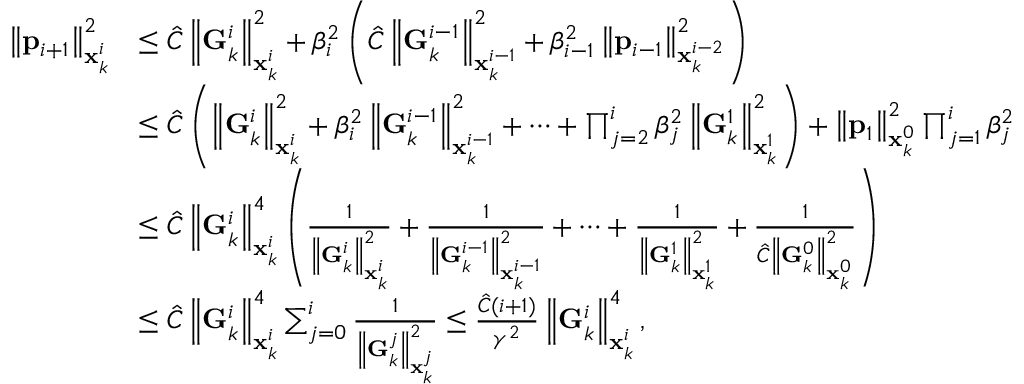
\begin{array} { r l } { \left\| \mathbf { p } _ { i + 1 } \right\| _ { \mathbf { x } _ { k } ^ { i } } ^ { 2 } } & { \le \hat { C } \left\| \mathbf { G } _ { k } ^ { i } \right\| _ { \mathbf { x } _ { k } ^ { i } } ^ { 2 } + \beta _ { i } ^ { 2 } \left( \hat { C } \left\| \mathbf { G } _ { k } ^ { i - 1 } \right\| _ { \mathbf { x } _ { k } ^ { i - 1 } } ^ { 2 } + \beta _ { i - 1 } ^ { 2 } \left\| \mathbf { p } _ { i - 1 } \right\| _ { \mathbf { x } _ { k } ^ { i - 2 } } ^ { 2 } \right) } \\ & { \le \hat { C } \left( \left\| \mathbf { G } _ { k } ^ { i } \right\| _ { \mathbf { x } _ { k } ^ { i } } ^ { 2 } + \beta _ { i } ^ { 2 } \left\| \mathbf { G } _ { k } ^ { i - 1 } \right\| _ { \mathbf { x } _ { k } ^ { i - 1 } } ^ { 2 } + \cdots + \prod _ { j = 2 } ^ { i } \beta _ { j } ^ { 2 } \left\| \mathbf { G } _ { k } ^ { 1 } \right\| _ { \mathbf { x } _ { k } ^ { 1 } } ^ { 2 } \right) + \left\| \mathbf { p } _ { 1 } \right\| _ { \mathbf { x } _ { k } ^ { 0 } } ^ { 2 } \prod _ { j = 1 } ^ { i } \beta _ { j } ^ { 2 } } \\ & { \le \hat { C } \left\| \mathbf { G } _ { k } ^ { i } \right\| _ { \mathbf { x } _ { k } ^ { i } } ^ { 4 } \left( \frac { 1 } { \left\| \mathbf { G } _ { k } ^ { i } \right\| _ { \mathbf { x } _ { k } ^ { i } } ^ { 2 } } + \frac { 1 } { \left\| \mathbf { G } _ { k } ^ { i - 1 } \right\| _ { \mathbf { x } _ { k } ^ { i - 1 } } ^ { 2 } } + \cdots + \frac { 1 } { \left\| \mathbf { G } _ { k } ^ { 1 } \right\| _ { \mathbf { x } _ { k } ^ { 1 } } ^ { 2 } } + \frac { 1 } { \hat { C } \left\| \mathbf { G } _ { k } ^ { 0 } \right\| _ { \mathbf { x } _ { k } ^ { 0 } } ^ { 2 } } \right) } \\ & { \le \hat { C } \left\| \mathbf { G } _ { k } ^ { i } \right\| _ { \mathbf { x } _ { k } ^ { i } } ^ { 4 } \sum _ { j = 0 } ^ { i } \frac { 1 } { \left\| \mathbf { G } _ { k } ^ { j } \right\| _ { \mathbf { x } _ { k } ^ { j } } ^ { 2 } } \le \frac { \hat { C } ( i + 1 ) } { \gamma ^ { 2 } } \left\| \mathbf { G } _ { k } ^ { i } \right\| _ { \mathbf { x } _ { k } ^ { i } } ^ { 4 } , } \end{array}